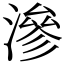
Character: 滲